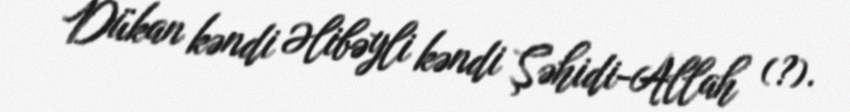
Dükan kəndi Əlibəyli kəndi Şəhidi-Allah (?).